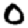
Digit: 0